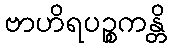
ဗာဟိရပဉ္စကန္တိ